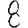
Digit: 8